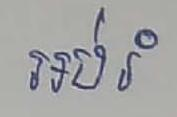
អប់រំ